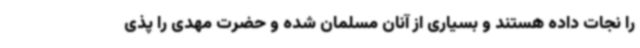
را نجات داده هستند و بسیاری از آنان مسلمان شده و حضرت مهدی را پذی